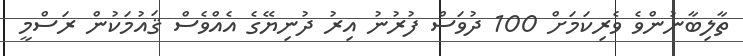
ތާލިބާނުންވެ ވެރިކަމަށް 100 ދުވަސް ފުރުނު އިރު ދުނިޔޭގެ އެއްވެސް ޤައުމަކުން ރަސްމީ